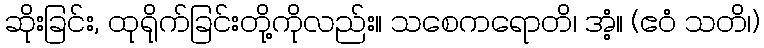
ဆိုးခြင်း, ထုရိုက်ခြင်းတို့ကိုလည်း။ သစေကရောတိ၊ အံ့။ (ဧဝံ သတိ၊)